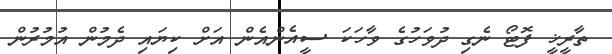
ތާރީޚީ ފޮޓޯ ނެގި ދުވަހުގެ ވާހަކަ ސީއެންއެން އަށް ކިޔައި ދެމުން އުމުރުން